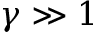
\gamma \gg 1